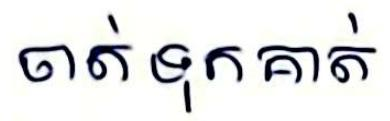
ចាត់ទុកគាត់